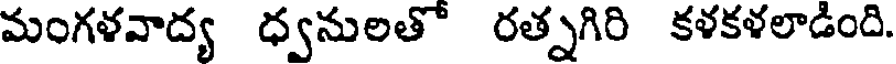
మంగళవాద్య ధ్వనులతో రత్నగిరి కళకళలాడింది.